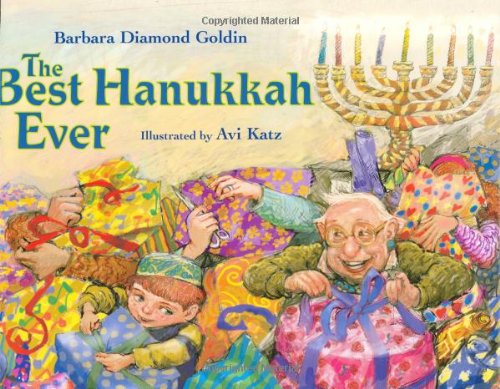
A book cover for The Best Hanukkah Ever; Barbara Diamond Goldin; Children's Books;